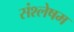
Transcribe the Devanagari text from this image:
संश्लेषम